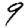
Digit: 9